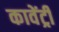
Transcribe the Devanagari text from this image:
कावेंट्री